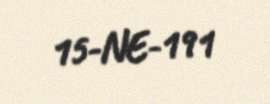
15-NE-191